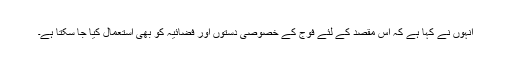
انہوں نے کہا ہے کہ اس مقصد کے لئے فوج کے خصوصی دستوں اور فضائیہ کو بھی استعمال کیا جا سکتا ہے۔